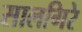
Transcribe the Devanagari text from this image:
सालगिरे